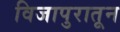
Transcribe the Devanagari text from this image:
विजापुरातून